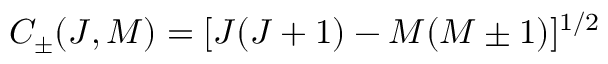
C _ { \pm } ( J , M ) = [ J ( J + 1 ) - M ( M \pm 1 ) ] ^ { 1 / 2 }